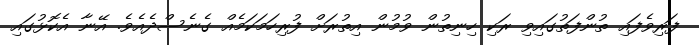
ފަރިވެފައި ތުންފަތުގައިވި ރަކި ހިނިތުން ވުމުން އިތުރަށް ފުރިހަމަކަމެއް ގެނެސްދެއެވެ. އޭނާ އެކޮޅުގައި